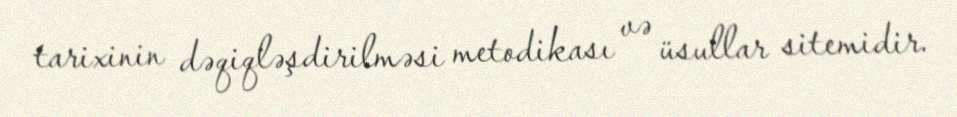
tarixinin dəqiqləşdirilməsi metodikası və üsullar sitemidir.